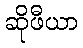
ဆိုဖီယာ